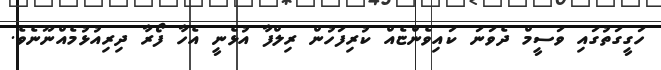
ހަގީގަތުގައި ވަސީމް ދެވަނަ ކައިވެންޏެއް ކުރިފަހުން ރިލްފާ އުޅެނީ އެހާ ފޯރާ ދިރިއުޅުމެއްނޫނެވެ.